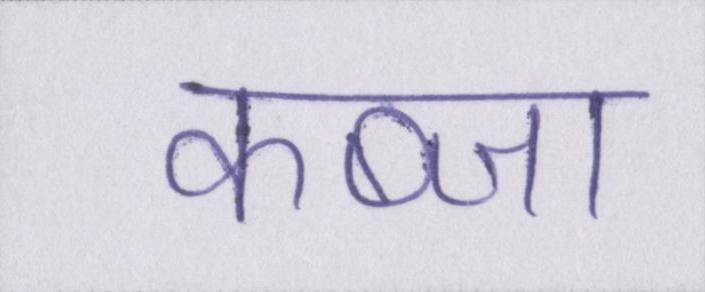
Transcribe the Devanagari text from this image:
कब्जा